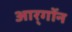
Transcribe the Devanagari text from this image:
आर्‌गॉन